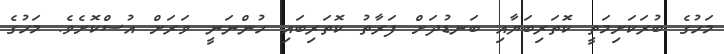
މަހުގެ ބުރަކަށިމަތީ ކޮަތަރިބަޔާއި ބަނޑުދަށް ފަރާތު ކޮތަރިބައި ހުންނަނީ ވަރަށް އުސްކޮށެވެ. މަހުގެ